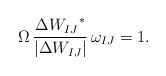
\begin{align*}\Omega \, \frac{\Delta {W_{IJ}}^*}{\left|\Delta W_{IJ}\right|}\, \omega_{IJ}=1.\end{align*}